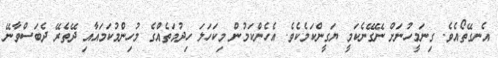
އެނގޭތޯއެވެ. ގިނަމީހުނަށް ނޭގޭނެކަމީ ޔަގީންކަމެކެވެ. އެހެންކަމުން މިކަހަލަ ހިދުމަތެއްގެ މުހިންމުކަމައާއި ދޭތެރޭ ދެބަސްވާނޭ